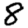
Digit: 8